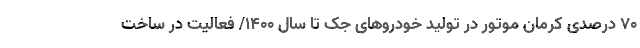
70 درصدی کرمان موتور در تولید خودروهای جک تا سال 1400/ فعالیت در ساخت